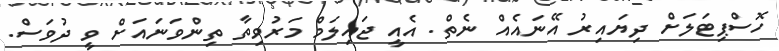
ހޮސްޕިޓަލަށް ދިޔައިރު އޭނައެއް ނެތް. އެއީ ޖައިލަމް މަރުވިތާ ތިންވަނައަށް ވީ ދުވަސް.